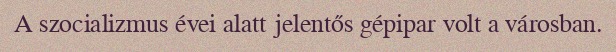
A szocializmus évei alatt jelentős gépipar volt a városban.